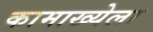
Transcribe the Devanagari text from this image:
कामाख्येला